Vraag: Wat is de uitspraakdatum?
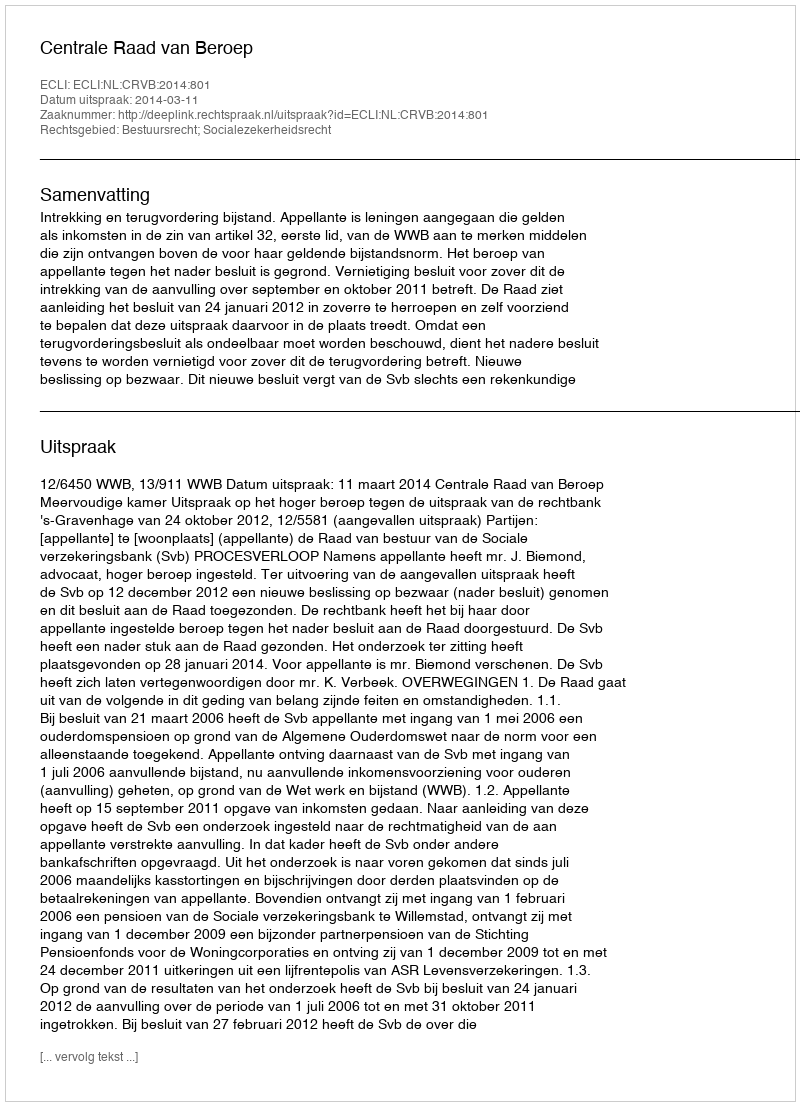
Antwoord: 2014-03-11